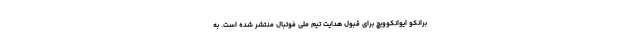
برانکو ایوانکوویچ برای قبول هدایت تیم ملی فوتبال منتشر شده است. به